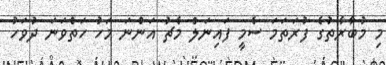
މި މުބާރާތުގެ ފުރަތަމަ ސެމީ ފައިނަލް މެޗު އަންނަ މަހު ހަތްވަނަ ދުވަހު